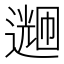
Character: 𬩌